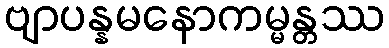
ဗျာပန္နမနောကမ္မန္တဿ